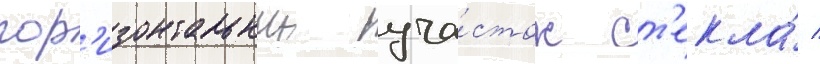
гор'изонтальныи уча́сток ст'екла́ /